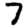
Digit: 7